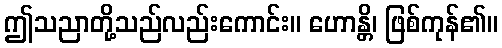
ဤသညာတို့သည်လည်းကောင်း။ ဟောန္တိ၊ ဖြစ်ကုန်၏။